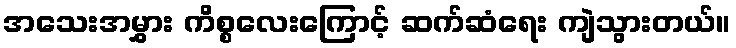
အသေးအမွှား ကိစ္စလေးကြောင့် ဆက်ဆံရေး ကျဲသွားတယ်။